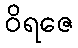
ဝိရဇေ